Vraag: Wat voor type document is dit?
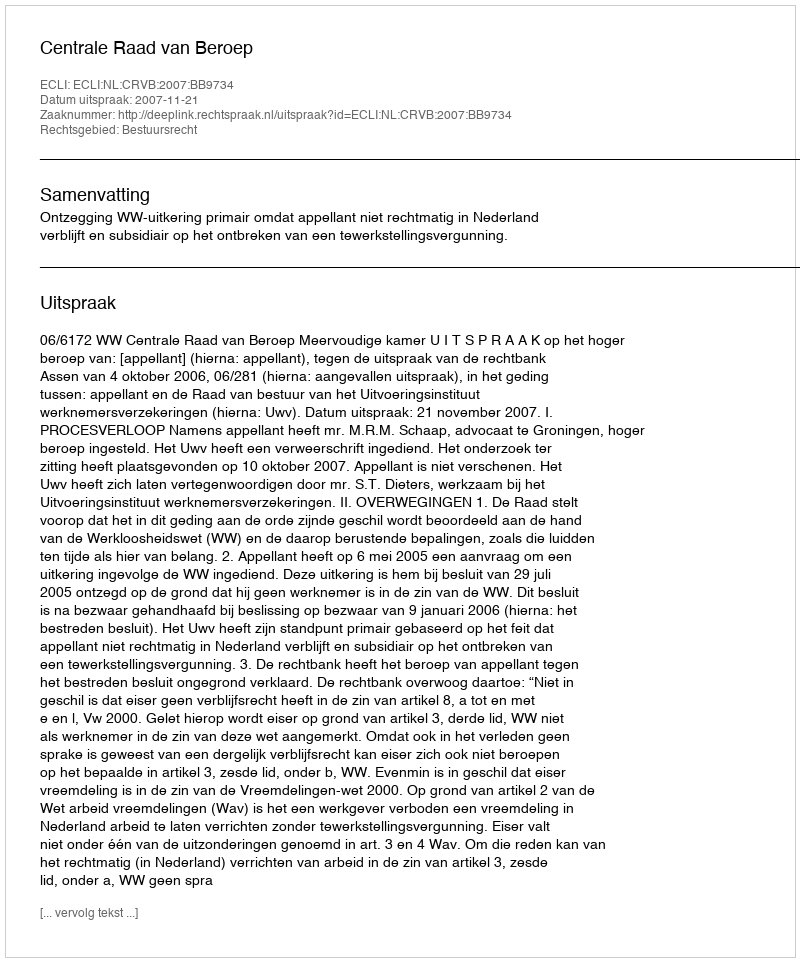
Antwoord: Uitspraak